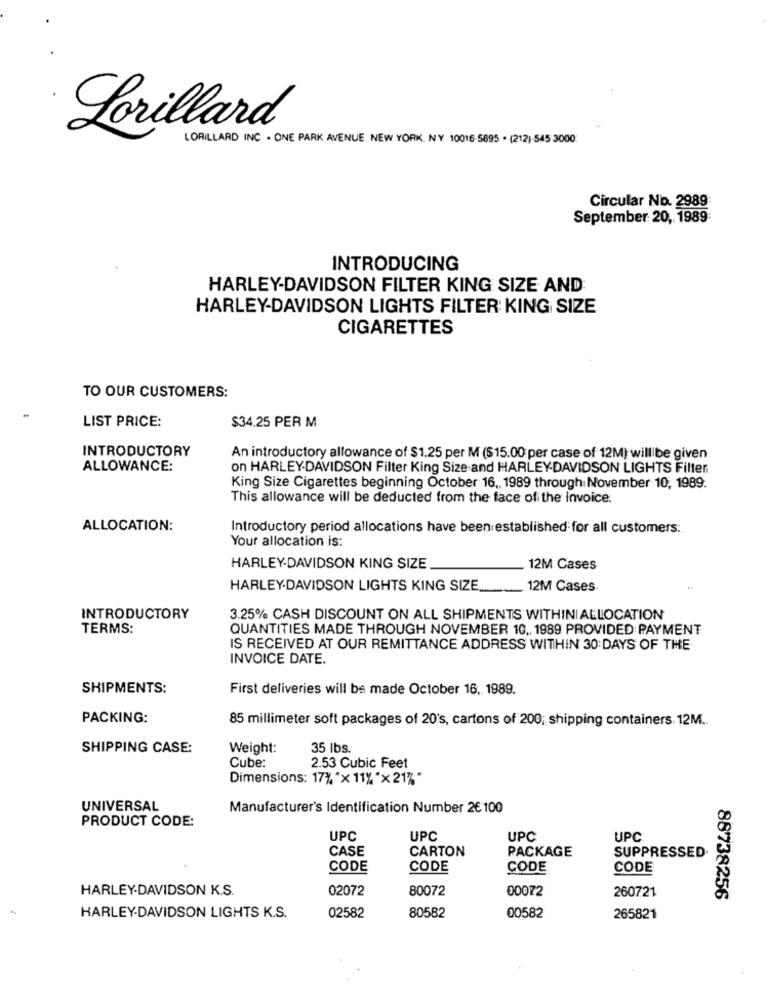
Lorillard
LORILLARD INC . ONE PARK AVENUE. NEW YORK, NY 10016-5895 . (212) 545 3000
Circular No. 2989
September 20 ,, 1989:
INTRODUCING
HARLEY-DAVIDSON FILTER KING SIZE AND
HARLEY-DAVIDSON LIGHTS FILTER KING SIZE
CIGARETTES
TO OUR CUSTOMERS:
LIST PRICE:
$34.25 PER M
INTRODUCTORY
An introductory allowance of $1.25 per M ($15.00 per case of 12M) will be given
ALLOWANCE:
on HARLEY-DAVIDSON Filter King Size and HARLEY-DAVIDSON LIGHTS Filter
King Size Cigarettes beginning October 16 ,, 1989 through November 10, 1989.
This allowance will be deducted from the face of the invoice.
ALLOCATION:
Introductory period allocations have been established for all customers:
Your allocation is:
HARLEY-DAVIDSON KING SIZE
12M Cases
HARLEY-DAVIDSON LIGHTS KING SIZE
12M Cases
INTRODUCTORY
3.25% CASH DISCOUNT ON ALL SHIPMENTS WITHINI ALLOCATION
TERMS:
QUANTITIES MADE THROUGH NOVEMBER 10 ., 1989 PROVIDED PAYMENT
IS RECEIVED AT OUR REMITTANCE ADDRESS WITHIN 30:DAYS OF THE
INVOICE DATE.
SHIPMENTS:
First deliveries will be made October 16, 1989.
PACKING:
85 millimeter soft packages of 20's, cartons of 200; shipping containers. 12M ..
SHIPPING CASE:
Weight:
35 lbs.
Cube:
2.53 Cubic Feet
Dimensions: 17% "x 11% "x 21% "
UNIVERSAL
Manufacturer's Identification Number 2€ 100
PRODUCT CODE:
UPC
UPC
UPC
UPC
CASE
CARTON
PACKAGE
SUPPRESSED.
CODE
CODE
CODE
CODE
HARLEY-DAVIDSON K.S.
02072
80072
00072
260721
88738256
HARLEY-DAVIDSON LIGHTS K.S.
02582
80582
00582
265821